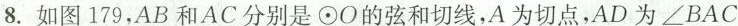
8.如图179，AB和AC分别是⊙O的弦和切线，A为切点，AD为∠BAC